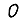
Digit: 0